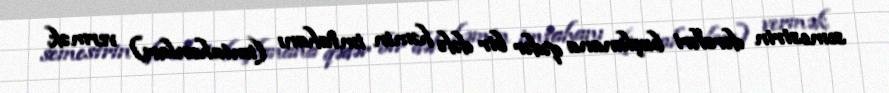
semestrin dərsləri başlanana qədər bir dəfə həmin imtahanı (imtahanları) vermək